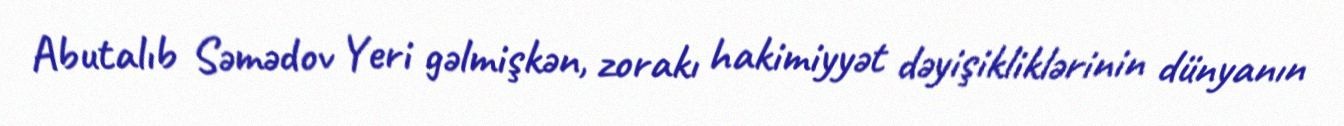
Abutalıb Səmədov Yeri gəlmişkən, zorakı hakimiyyət dəyişikliklərinin dünyanın